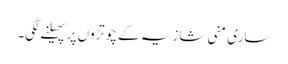
ساری منی شازیہ کے چوتڑوں پر پھیلنے لگی۔